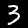
Label: 3